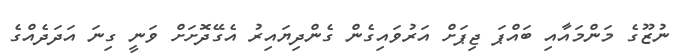
ނުޒޫގެ މަންމައާއި ބައްޕަ ޖިޕަށް އަރުވައިގެން ގެންދިޔައިރު އެގޭދޮށަށް ވަނީ ގިނަ އަދަދެއްގެ